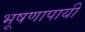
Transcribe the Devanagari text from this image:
भूषणापायी